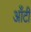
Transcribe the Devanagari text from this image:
आँटी